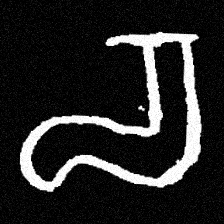
Pyu character \u2014 Myanmar letter: စ (romanized: ca)